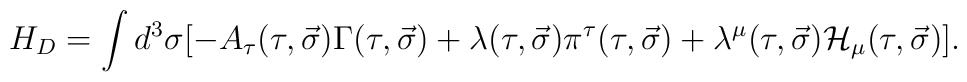
H_D=\int d^3\sigma [-A_{\tau}(\tau ,\vec \sigma ) \Gamma (\tau ,\vec \sigma )+\lambda (\tau ,\vec \sigma )\pi^{\tau}(\tau ,\vec \sigma )+\lambda^{\mu}(\tau ,\vec \sigma ){\cal H}_{\mu}(\tau ,\vec \sigma )].